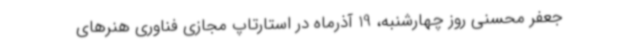
جعفر محسنی روز چهارشنبه، 19 آذرماه در استارتاپ مجازی فناوری هنرهای